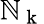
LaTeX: \mathbb{N}_{\mathrm{{~k~}}}